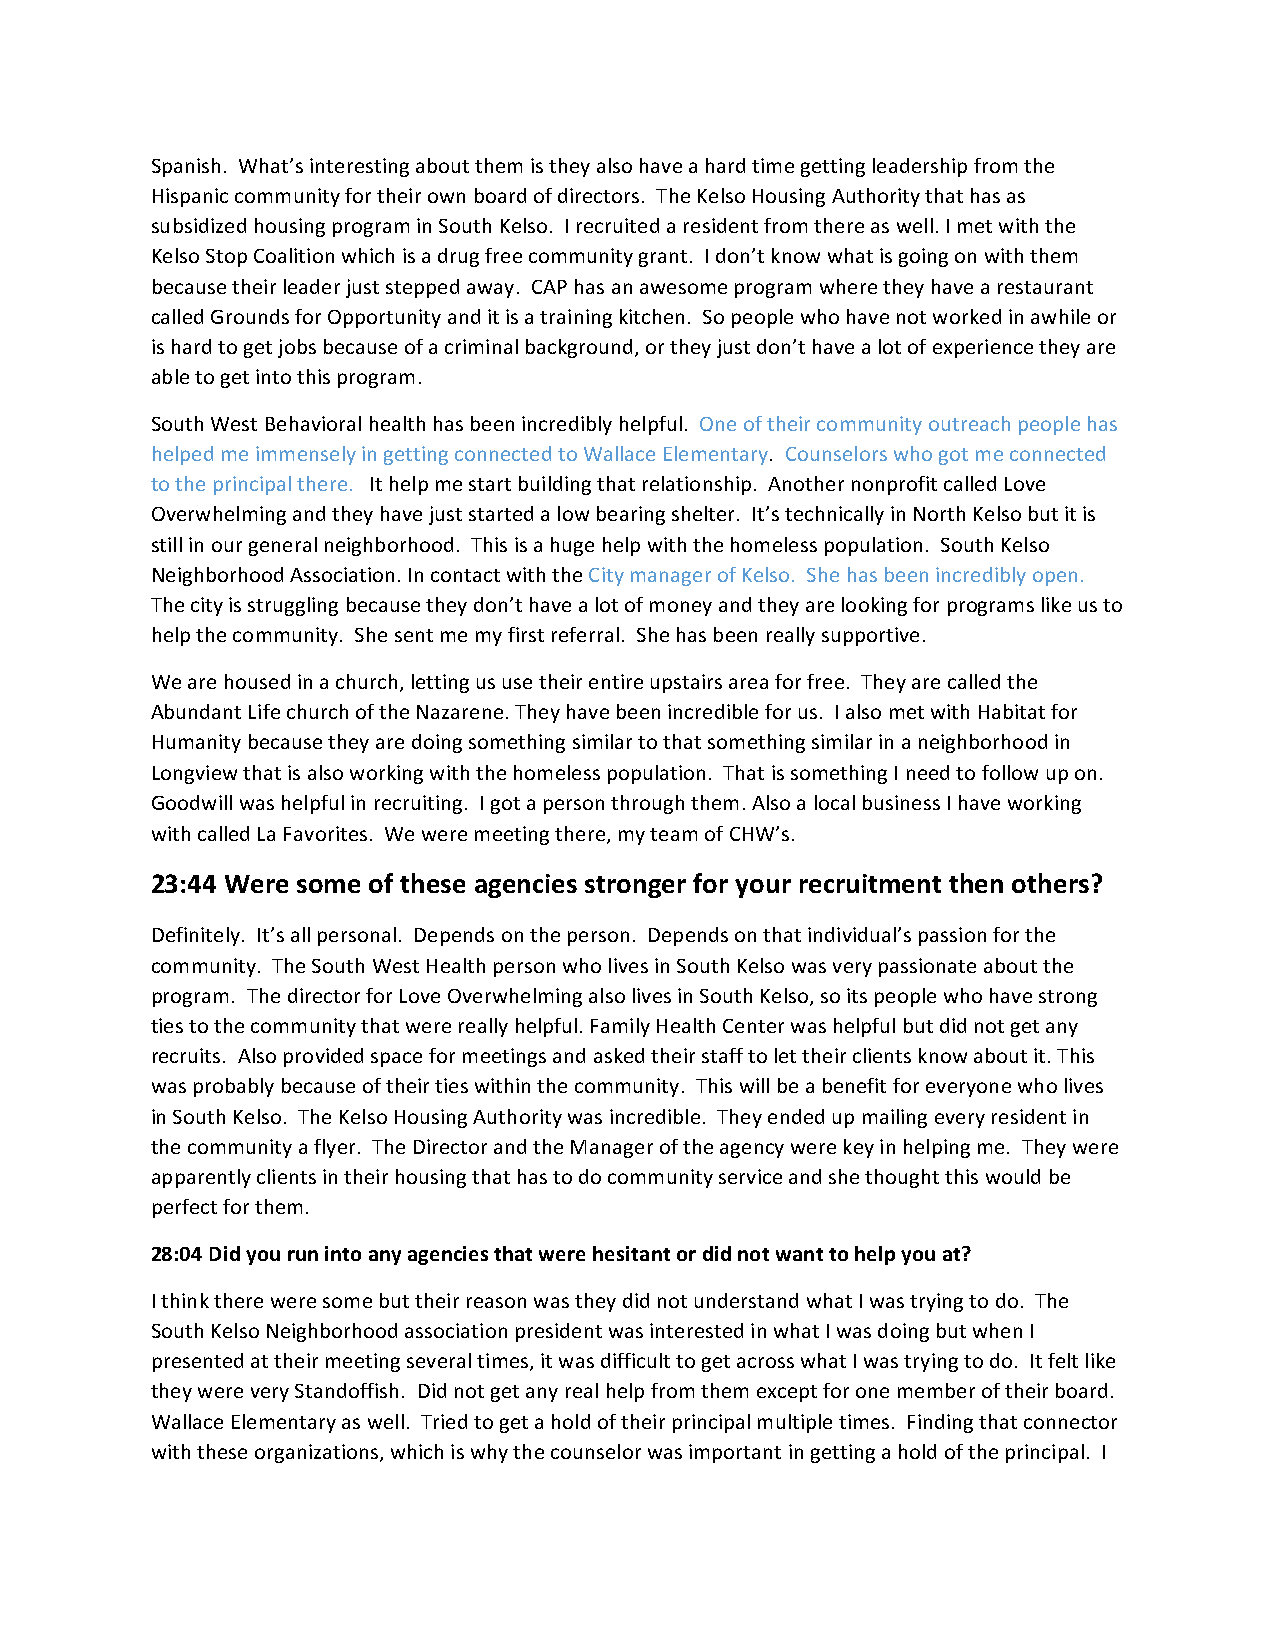
Spanish. What’s interesting about them is they also have a hard time getting leadership from the
 Hispanic community for their own board of directors. The Kelso Housing Authority that has as
 subsidized housing program in South Kelso. I recruited a resident from there as well. I met with the
 Kelso Stop Coalition which is a drug free community grant. I don’t know what is going on with them
 because their leader just stepped away. CAP has an awesome program where they have a restaurant
 called Grounds for Opportunity and it is a training kitchen. So people who have not worked in awhile or
 is hard to get jobs because of a criminal background, or they just don’t have a lot of experience they are
 able to get into this program.
 South West Behavioral health has been incredibly helpful. One of their community outreach people has
 helped me immensely in getting connected to Wallace Elementary. Counselors who got me connected
 to the principal there. It help me start building that relationship. Another nonprofit called Love
 Overwhelming and they have just started a low bearing shelter. It’s technically in North Kelso but it is
 still in our general neighborhood. This is a huge help with the homeless population. South Kelso
 Neighborhood Association. In contact with the City manager of Kelso. She has been incredibly open.
 The city is struggling because they don’t have a lot of money and they are looking for programs like us to
 help the community. She sent me my first referral. She has been really supportive.
 We are housed in a church, letting us use their entire upstairs area for free. They are called the
 Abundant Life church of the Nazarene. They have been incredible for us. I also met with Habitat for
 Humanity because they are doing something similar to that something similar in a neighborhood in
 Longview that is also working with the homeless population. That is something I need to follow up on.
 Goodwill was helpful in recruiting. I got a person through them. Also a local business I have working
 with called La Favorites. We were meeting there, my team of CHW’s.
 23:44 Were some of these agencies stronger for your recruitment then others?
 Definitely. It’s all personal. Depends on the person. Depends on that individual’s passion for the
 community. The South West Health person who lives in South Kelso was very passionate about the
 program. The director for Love Overwhelming also lives in South Kelso, so its people who have strong
 ties to the community that were really helpful. Family Health Center was helpful but did not get any
 recruits. Also provided space for meetings and asked their staff to let their clients know about it. This
 was probably because of their ties within the community. This will be a benefit for everyone who lives
 in South Kelso. The Kelso Housing Authority was incredible. They ended up mailing every resident in
 the community a flyer. The Director and the Manager of the agency were key in helping me. They were
 apparently clients in their housing that has to do community service and she thought this would be
 perfect for them.
 28:04 Did you run into any agencies that were hesitant or did not want to help you at?
 I think there were some but their reason was they did not understand what I was trying to do. The
 South Kelso Neighborhood association president was interested in what I was doing but when I
 presented at their meeting several times, it was difficult to get across what I was trying to do. It felt like
 they were very Standoffish. Did not get any real help from them except for one member of their board.
 Wallace Elementary as well. Tried to get a hold of their principal multiple times. Finding that connector
 with these organizations, which is why the counselor was important in getting a hold of the principal. I